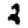
Digit: 2